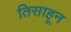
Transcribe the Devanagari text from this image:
तिसाहून